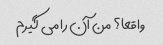
واقعا؟ من آن را می گیرم